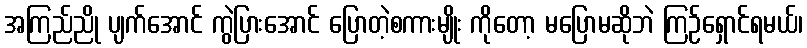
အကြည်ညို ပျက်အောင် ကွဲပြားအောင် ပြောတဲ့စကားမျိုး ကိုတော့ မပြောမဆိုဘဲ ကြဉ်ရှောင်ရမယ်၊